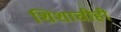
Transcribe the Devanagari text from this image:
शिशाचीही